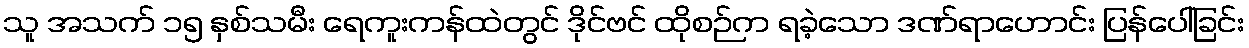
သူ အသက် ၁၅ နှစ်သမီး ရေကူးကန်ထဲတွင် ဒိုင်ဗင် ထိုစဉ်က ရခဲ့သော ဒဏ်ရာဟောင်း ပြန်ပေါ်ခြင်း